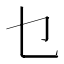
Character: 乜